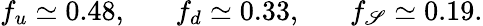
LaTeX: f_{u}\simeq0.48,\, \, \, \, \, \, \, \, \, \, f_{d}\simeq0.33,\, \, \, \, \, \, \, \, \, \, f_{\mathscr{S}}\simeq0.19.